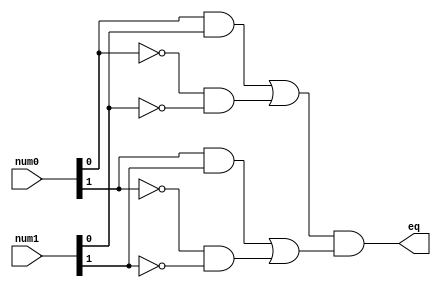
module eq
   (
    input wire[1:0] num0, num1,
    output wire eq
   );

   // signal declaration
   wire p0, p1;

   // body - includes the logical expressions used and the final SOP form to achieve the desired result
   assign eq = p0 & p1;                                                // eq = p0.p1 = (A0.B0 + ~A0.~B0).(A1.B1 + ~A1.~B1)
   assign p0 = ( num0[0] & num1[0] ) | ( ~num0[0] & ~num1[0] );        // p0 = A0.B0 + ~A0.~B0
   assign p1 = ( num0[1] & num1[1] ) | ( ~num0[1] & ~num1[1] );        // p1 = A1.B1 + ~A1.~B1

endmodule